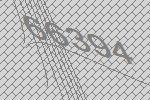
66394